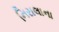
નિરાલાના